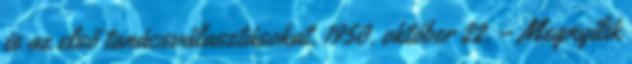
is az első tanácsválasztásokat. 1950. október 22. – Megnyílik